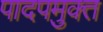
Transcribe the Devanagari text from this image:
पादपमुक्त